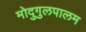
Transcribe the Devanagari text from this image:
मोदुगुलपालम